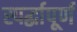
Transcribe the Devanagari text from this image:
स्पर्द्धापूर्ण